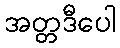
အတ္တဒီပေါ